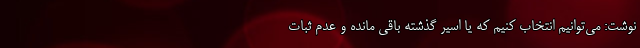
نوشت: می‌توانیم انتخاب کنیم که یا اسیر گذشته باقی مانده و عدم ثبات